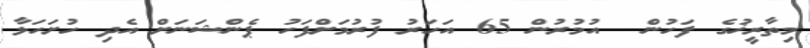
މިތާރީޚުގެ ފަހުން  އުމުރުން 65 އަހަރު ފުރުމަށްފަހު ޕެންޝަނަށް އެދި ހުށަހަޅާ